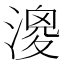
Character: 𣼺